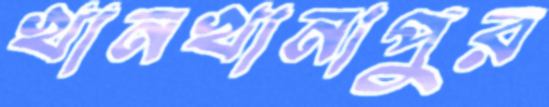
খানখানাপুর